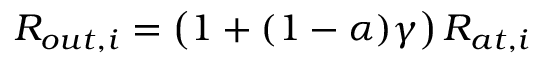
R _ { o u t , i } = \left( 1 + ( 1 - \alpha ) \gamma \right) R _ { a t , i }